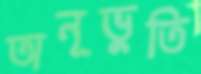
অনূভুতি